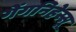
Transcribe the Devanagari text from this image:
गेंगनिहेस्सू